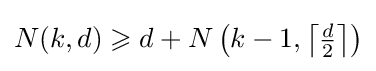
N(k,d)\geqslant d+N\left(k-1,\left\lceil {\tfrac {d}{2}}\right\rceil \right)